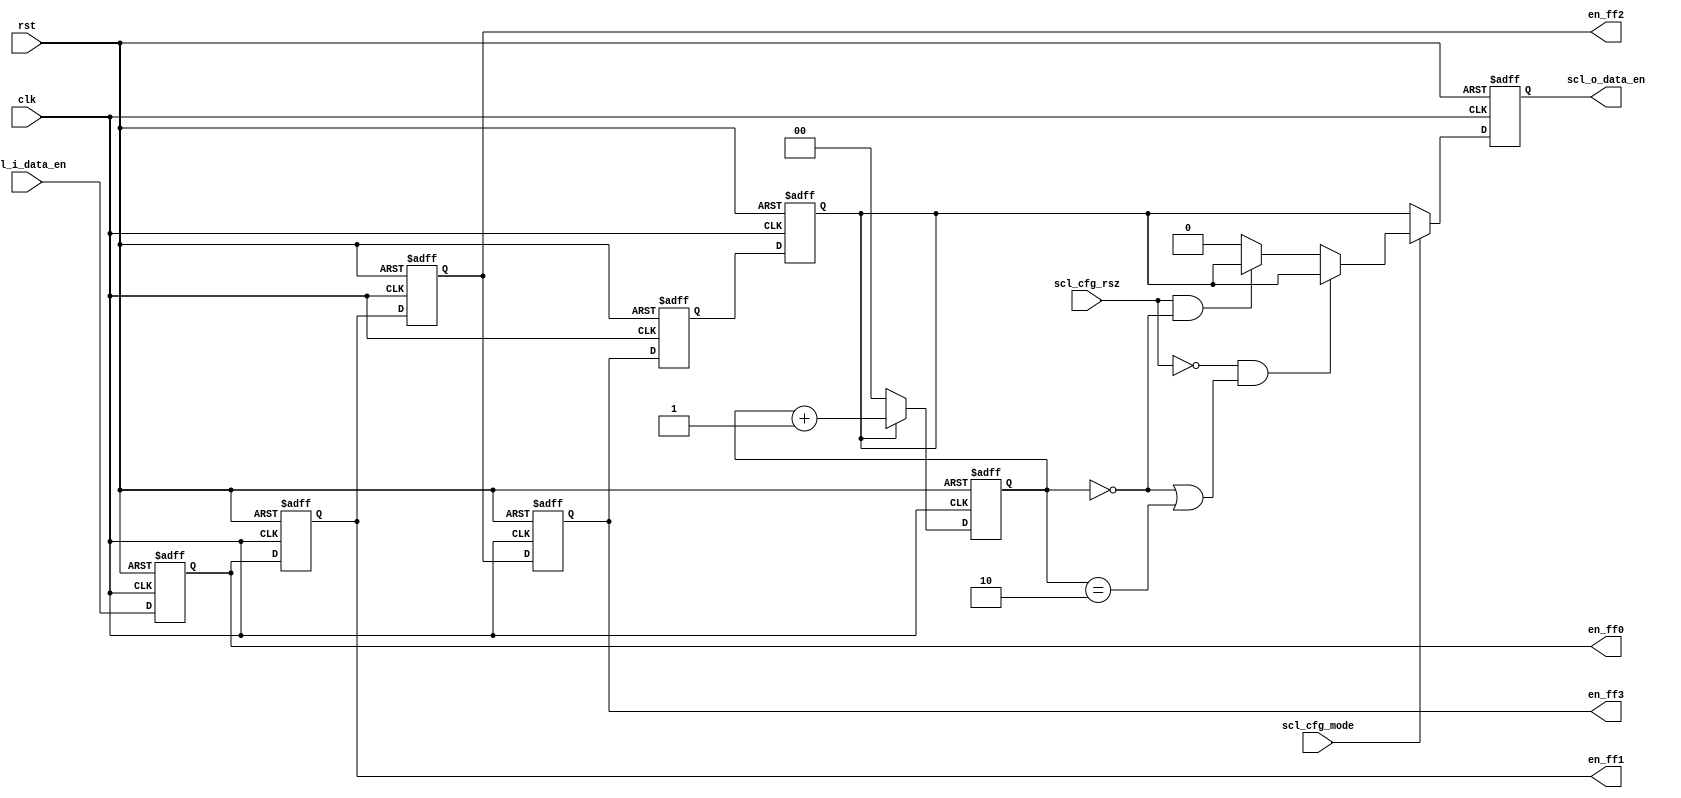
module en_out(clk,rst,scl_i_data_en,scl_cfg_mode,scl_cfg_rsz,scl_o_data_en,en_ff0,en_ff1,en_ff2,en_ff3);
input clk,rst;
input scl_i_data_en,scl_cfg_mode,scl_cfg_rsz;
output scl_o_data_en;
reg scl_o_data_en;
reg [1:0]q;
output en_ff0,en_ff1,en_ff2,en_ff3; 
reg en_ff0,en_ff1,en_ff2,en_ff3,en_ff4,en_ff5;

always @(posedge clk or negedge rst) 
begin
    if(!rst) 
	begin
        en_ff0 <= 0;
        en_ff1 <= 0;
        en_ff2 <= 0;
        en_ff3 <= 0;
        en_ff4 <= 0;
        en_ff5 <= 0;
    end
    else 
	begin
        en_ff0  <= scl_i_data_en;
        en_ff1  <= en_ff0;
        en_ff2  <= en_ff1;
        en_ff3  <= en_ff2;
        en_ff4  <= en_ff3;
        en_ff5  <= en_ff4;
    end
end

always @(posedge clk or negedge rst) 
begin
    if(!rst) 
	begin
        q <= 2'b0;
    end
    else if(en_ff5==1) 
	begin
        q <= q+2'b1;
    end
    else 
	begin
        q <= 0;
    end
end

always @(posedge clk or negedge rst) 
begin
    if(!rst) 
	begin
        scl_o_data_en <= 0;
    end
    else if(scl_cfg_mode==0) 
	begin
        scl_o_data_en <= en_ff5; 
    end
    else if(scl_cfg_rsz==0 && (q==0 || q==2)) 
	begin
        scl_o_data_en <= en_ff5; 
    end
    else if(scl_cfg_rsz==1 && q==0) 
	begin
        scl_o_data_en <= en_ff5; 
    end
    else begin
        scl_o_data_en <= 0;
    end
end
endmodule